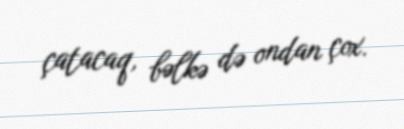
çatacaq, bəlkə də ondan çox.